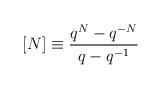
LaTeX: \begin{align*}[N] \equiv \frac{q^{N} - q^{-N}}{q - q^{-1}}\end{align*}